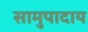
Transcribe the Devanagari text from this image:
सामुपादाय